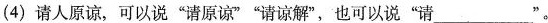
(4)请人原谅，可以说”请原谅””请谅解”，也可以说”请___”。